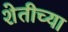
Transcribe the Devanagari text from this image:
शेतीच्‍या